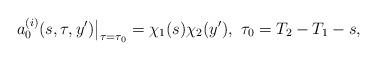
LaTeX: \begin{align*}a_0^{(i)}(s,\tau,y')\big|_{\tau=\tau_0}=\chi_1(s)\chi_2(y'),\ \tau_0=T_2-T_1-s,\end{align*}